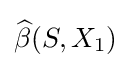
{\widehat {\beta }}(S,X_{1})